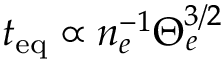
t _ { \mathrm { e q } } \propto n _ { e } ^ { - 1 } \Theta _ { e } ^ { 3 / 2 }